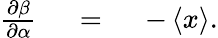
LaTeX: \begin{array}{rlr}{{\frac{\partial\beta}{\partial\alpha}}}&{{}\ =\ }&{-\, \langle{x}\rangle.}\end{array}